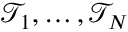
\mathcal { T } _ { 1 } , \dots , \mathcal { T } _ { N }